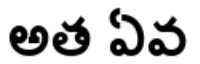
అత ఏవ